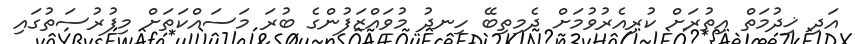
އަދި ޚިދުމަތް އިތުރަށް ކުރިއެރުވުމަށް ދެމިތިބޭ ހިނދު މުވައްޒަފުންގެ ބުރަ މަސައްކަތަށް މިފުރުސަތުގައި